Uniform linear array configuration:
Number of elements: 48
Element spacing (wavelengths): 0.5
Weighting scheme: kaiser
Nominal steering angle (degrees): -60
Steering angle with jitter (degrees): -58.043
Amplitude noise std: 0.05
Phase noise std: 0.05

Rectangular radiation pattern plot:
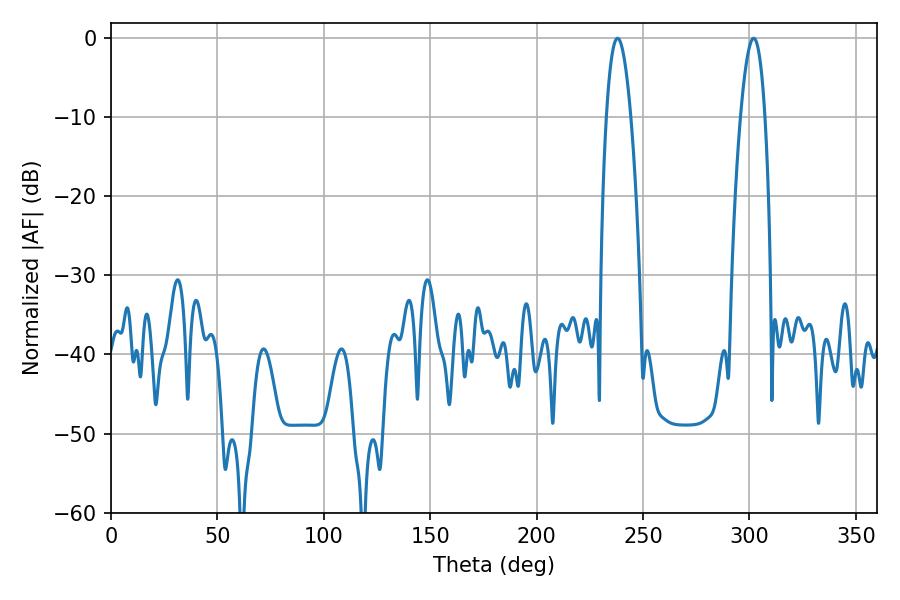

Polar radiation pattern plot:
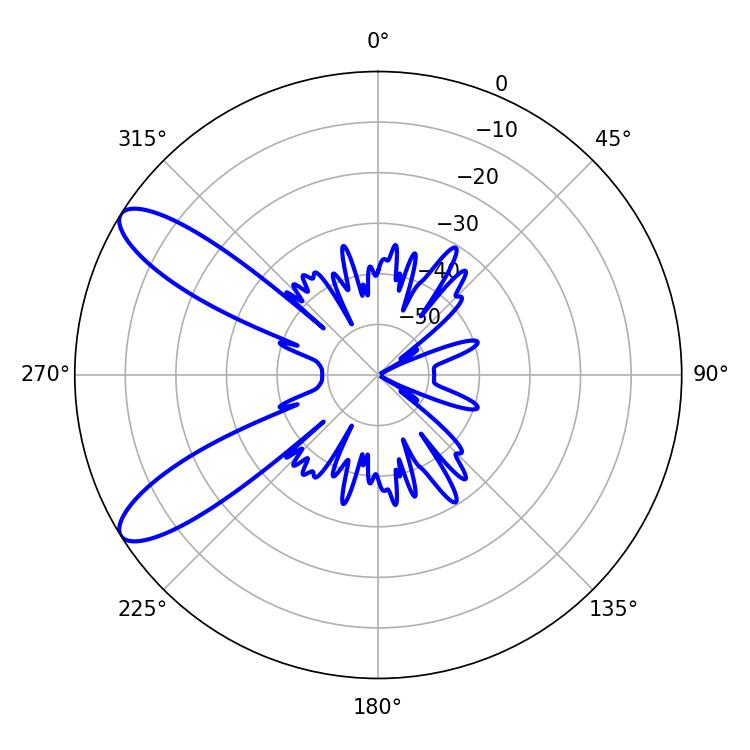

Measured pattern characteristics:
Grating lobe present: FALSE
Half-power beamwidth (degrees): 6.3
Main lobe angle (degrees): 237.96